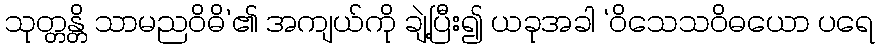
သုတ္တန္တိ သာမညဝိဓိ’၏ အကျယ်ကို ချဲ့ပြီး၍ ယခုအခါ ‘ဝိသေသဝိဓယော ပရေ